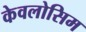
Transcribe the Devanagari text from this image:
केवलोसिम